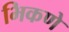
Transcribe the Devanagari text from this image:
भिकणे